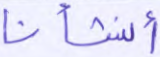
أنشأنا